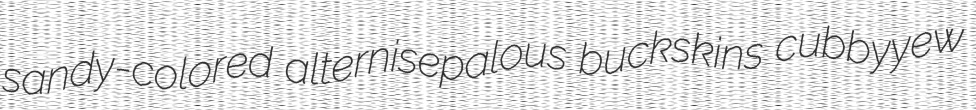
sandy-colored alternisepalous buckskins cubbyyew